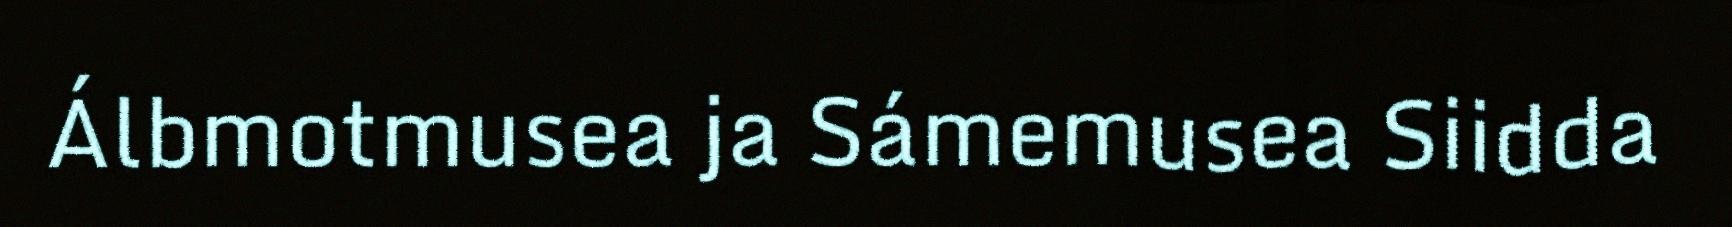
Álbmotmusea ja Sámemusea Siidda